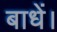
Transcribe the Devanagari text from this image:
बाधें।